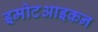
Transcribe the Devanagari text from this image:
इमोटआइकन